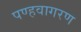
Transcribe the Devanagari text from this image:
पण्हवागरण